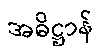
အဓိဋ္ဌာန်